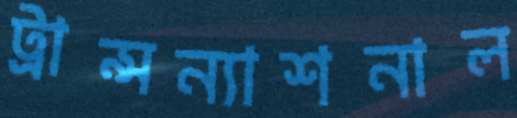
ট্রান্সন্যাশনাল